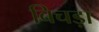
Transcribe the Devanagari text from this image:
बिचड़ा